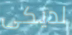
لديكى